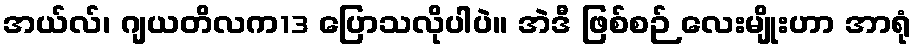
အယ်လ်၊ ဂျယတိလက13 ပြောသလိုပါပဲ။ အဲဒီ ဖြစ်စဉ် လေးမျိုးဟာ အာရုံ